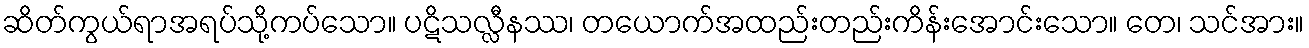
ဆိတ်ကွယ်ရာအရပ်သို့ကပ်သော။ ပဋိသလ္လီနဿ၊ တယောက်အထည်းတည်းကိန်းအောင်းသော။ တေ၊ သင်အား။